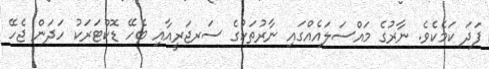
ފަދަ ކަމެކެވެ. ނާރުގެ މައްސަލައެއްގައި ނާރުތަކުގެ ސަރޖަރީއާއި ބެހޭ ޑޮކްޓަރަކު ހަދަން ޖެހޭ